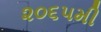
૨૦૬૫મી